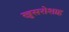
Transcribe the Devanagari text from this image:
खुसरोशाह